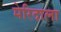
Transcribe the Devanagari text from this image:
मेरिदाला